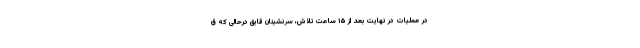
در عملیات در نهایت بعد از ۱۵ ساعت تلاش، سرنشینان قایق درحالی که ق